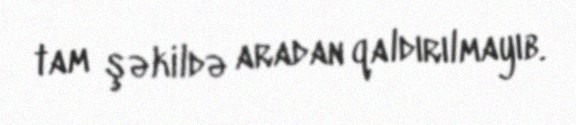
tam şəkildə aradan qaldırılmayıb.